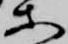
等